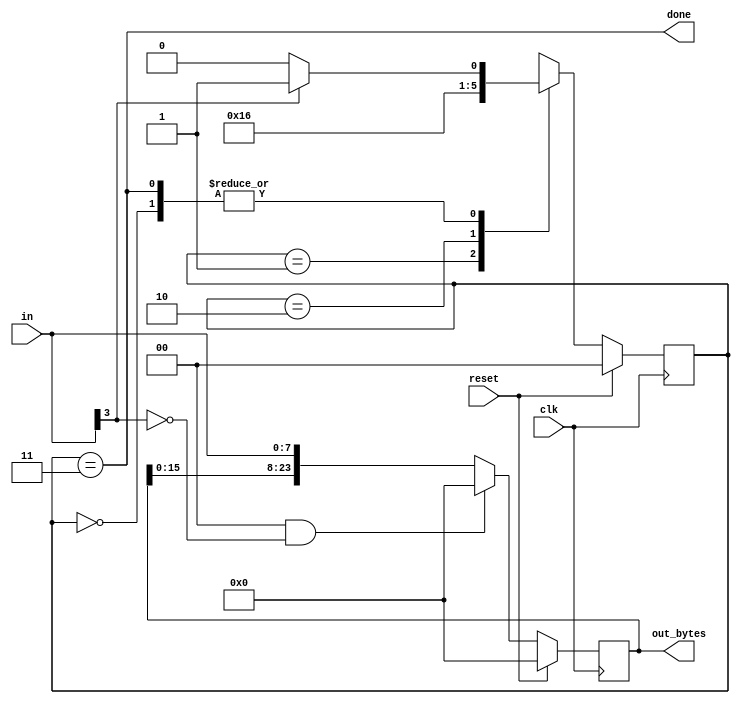
//2022_11_9
//PS/2 packet parser and datapath
module top_module(
    input clk,
    input [7:0] in,
    input reset,    // Synchronous reset
    output reg [23:0] out_bytes,
    output done); //

    reg [1:0] state, next_state;
    parameter   S1      = 2'd0;
    parameter   S2      = 2'd1;
    parameter   S3      = 2'd2;
    parameter   DONE    = 2'd3;
    // FSM from fsm_ps2
    always @(posedge clk)begin
        if(reset)begin
            state <= S1;
        end
        else begin
            state <= next_state;
        end
    end
    
    // New: Datapath to store incoming bytes.
    always @(*)begin
        case(state)
            S1 : next_state = in[3] ? S2 : S1;
            S2 : next_state = S3;
            S3 : next_state = DONE;
            DONE : next_state = in[3] ? S2 : S1;
        endcase
    end
    always @(posedge clk) begin
        if(reset)begin
            out_bytes <= 24'd0;
        end
        else begin
            if(S1 && ~in[3])begin
                out_bytes <= 24'd0;
            end
            else begin
                out_bytes <= {out_bytes[16:0],in};
            end
        end
    end
    assign done = (state == DONE);

endmodule